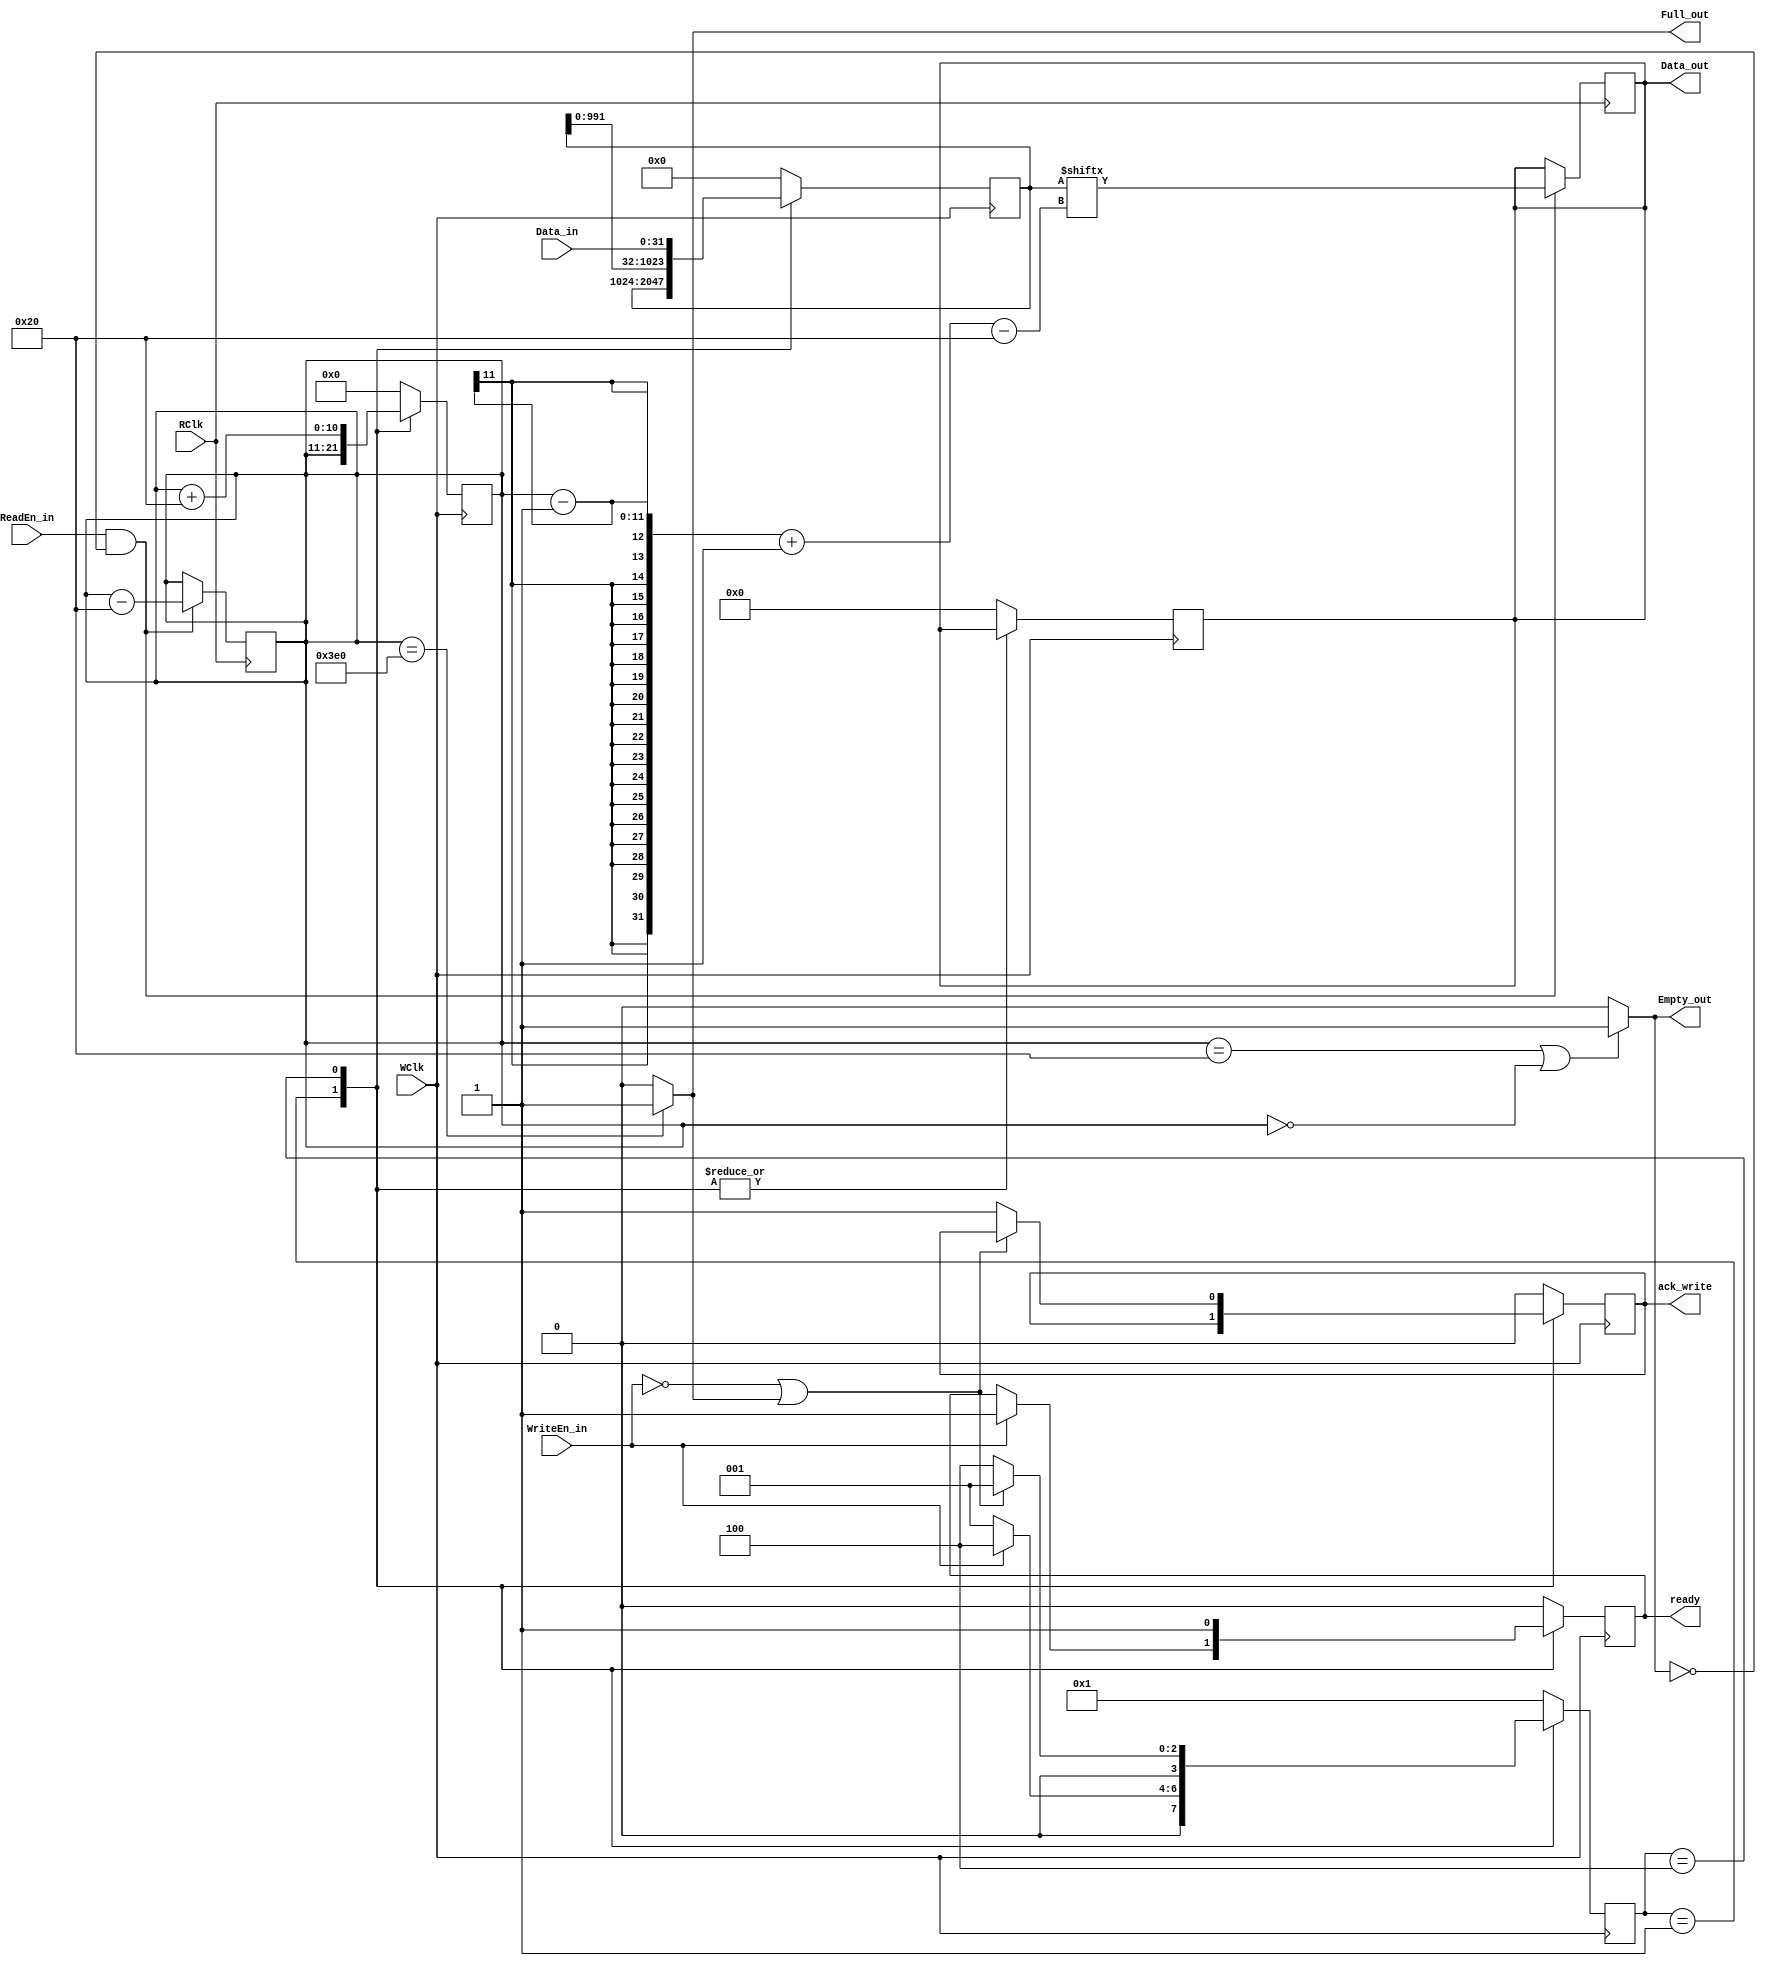
module asynchronous_fifo
        //Reading port
	(output reg  [DATA_WIDTH-1:0]       Data_out, 
	output reg                          Empty_out, //almost empty signal
	input wire                          ReadEn_in,
	input wire                          RClk,        
	//Writing port.	 
	input wire  [DATA_WIDTH-1:0]        Data_in,  
	output reg                          Full_out, //almost full signal
	input wire                          WriteEn_in,
	input wire                          WClk,
	output reg			    ack_write, // FIXME falta definir esta bandera 
	output reg 			    ready); 
	parameter    DATA_WIDTH    = 32;
        parameter    FIFO_length = 1024;
	//states	
	parameter reset = 0;
	parameter idle = 4'b0001;
	parameter info_onFIFO = 4'b0010;
	parameter write_state = 4'b0100;
	parameter read_state = 4'b1000;
	reg [3:0]state = 0;
	wire [39:0] cuarenta_bits;
	reg [FIFO_length -1: 0] buffer;
	assign cuarenta_bits = buffer[39:0];
	reg [10:0] count = 0;

	always@ (posedge WClk) begin
		case (state) 
			default:
				begin
					state <= idle;
					Data_out <= 0;
					count <= 0;
					buffer <= 0;
					ready <= 0;
					ack_write <= 0;
				end	
				
			reset:
				begin
					state <= idle;
					Data_out <= 0;
					count <= 0;
					buffer <= 0;
					ready <= 0;
					ack_write <= 0;
				end	
			idle:	
				begin
					if (WriteEn_in) begin
						state <= write_state;
						ready <= 1;
					end else begin
						state <= idle;
					end
				end
			write_state:
				begin 
					count <= count + DATA_WIDTH;
					ready <= 1;
					buffer <= {buffer[FIFO_length - DATA_WIDTH - 1: 0], Data_in};
					if(!WriteEn_in || Full_out) begin
						state <= idle;					
					end else begin
						state <= write_state;
						ack_write <= 1;
 		
					end
				end	
		endcase
	end

	always@ (posedge RClk) begin
		if(ReadEn_in && !Empty_out) begin
			Data_out <= buffer[count - 1 -: DATA_WIDTH];
			
		end
	end

	always@ (negedge RClk) begin
		if(ReadEn_in && !Empty_out) begin	
			count <= count - DATA_WIDTH;	
		end
	end

	always@(*) begin
		//Full signal generation
		if(count == FIFO_length - DATA_WIDTH) begin
			Full_out = 1;		
		end else begin
			Full_out = 0;
		end
		
		//Empty signal generation
		if((count == DATA_WIDTH) || (count == 0)) begin
			Empty_out = 1;		
		end else begin
			Empty_out = 0;
		end
		
	end

endmodule